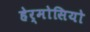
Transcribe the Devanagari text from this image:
हेर्मोसियो